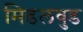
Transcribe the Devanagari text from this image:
मिडलवुड